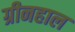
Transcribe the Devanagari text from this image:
ग्रीनहाल